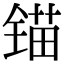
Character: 锚